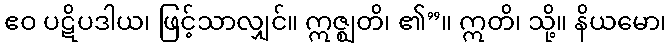
ဧဝ ပဋိပဒါယ၊ ဖြင့်သာလျှင်။ ဣဇ္ဈတိ၊ ၏”။ ဣတိ၊ သို့။ နိယမော၊